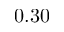
0 . 3 0